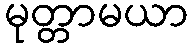
မုတ္တာမယာ